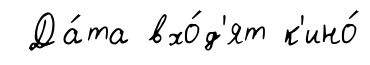
Да́та вхо́д'ят к'ино́